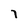
Character: 7